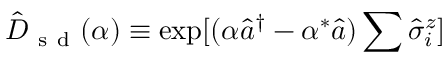
\hat { D } _ { \mathrm { ~ s ~ d ~ } } ( \alpha ) \equiv \exp [ ( \alpha \hat { a } ^ { \dagger } - \alpha ^ { \ast } \hat { a } ) \sum \hat { \sigma } _ { i } ^ { z } ]